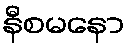
နီစမနော